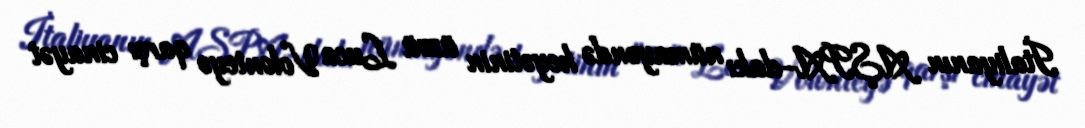
İtaliyanın AŞPA-dakı nümayəndə heyətinin üzvü Luca Volonteyə qarşı cinayət